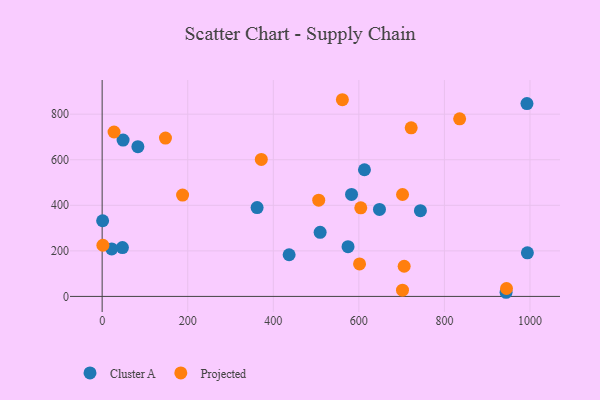
{"axis": {"x": "Price", "y": "Profit"}, "legend": ["Cluster A", "Projected"], "data": [{"x": "83.5", "y": 657.5, "type": "Cluster A"}, {"x": "47.4", "y": 214.4, "type": "Cluster A"}, {"x": "362.2", "y": 390.0, "type": "Cluster A"}, {"x": "743.9", "y": 376.5, "type": "Cluster A"}, {"x": "992.9", "y": 846.7, "type": "Cluster A"}, {"x": "613.1", "y": 556.0, "type": "Cluster A"}, {"x": "509.5", "y": 281.3, "type": "Cluster A"}, {"x": "648.2", "y": 381.9, "type": "Cluster A"}, {"x": "944.1", "y": 18.2, "type": "Cluster A"}, {"x": "582.9", "y": 447.9, "type": "Cluster A"}, {"x": "22.3", "y": 208.5, "type": "Cluster A"}, {"x": "993.9", "y": 191.5, "type": "Cluster A"}, {"x": "1.1", "y": 332.2, "type": "Cluster A"}, {"x": "574.7", "y": 218.2, "type": "Cluster A"}, {"x": "437.0", "y": 182.9, "type": "Cluster A"}, {"x": "48.9", "y": 686.4, "type": "Cluster A"}, {"x": "835.6", "y": 779.6, "type": "Projected"}, {"x": "604.5", "y": 389.0, "type": "Projected"}, {"x": "702.1", "y": 447.4, "type": "Projected"}, {"x": "1.7", "y": 224.7, "type": "Projected"}, {"x": "148.0", "y": 695.1, "type": "Projected"}, {"x": "722.3", "y": 740.1, "type": "Projected"}, {"x": "702.0", "y": 27.4, "type": "Projected"}, {"x": "372.0", "y": 601.5, "type": "Projected"}, {"x": "601.6", "y": 142.6, "type": "Projected"}, {"x": "188.0", "y": 444.8, "type": "Projected"}, {"x": "561.5", "y": 863.4, "type": "Projected"}, {"x": "705.9", "y": 132.5, "type": "Projected"}, {"x": "27.8", "y": 721.7, "type": "Projected"}, {"x": "506.2", "y": 422.5, "type": "Projected"}, {"x": "945.1", "y": 34.7, "type": "Projected"}]}